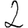
Digit: 2